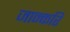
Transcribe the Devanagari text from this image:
जान्करि